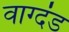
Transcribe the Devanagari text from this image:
वाग्दंड